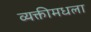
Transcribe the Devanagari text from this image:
व्यक्तीमधला